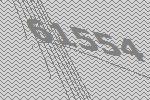
61554